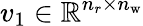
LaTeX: v_{1}\in\mathbb{R}^{n_{r}\times n_{\mathrm{w}}}